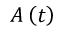
A \left( t \right)